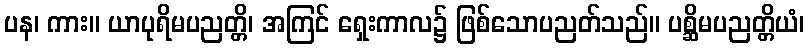
ပန၊ ကား။ ယာပုရိမပညတ္တိ၊ အကြင် ရှေးကာလ၌ ဖြစ်သောပညတ်သည်။ ပစ္ဆိမပညတ္တိယံ၊